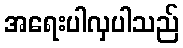
အရေးပါလှပါသည်